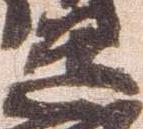
道